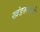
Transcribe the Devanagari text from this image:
खंडरूपान्रे